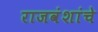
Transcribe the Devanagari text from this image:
राजवंशांचे